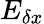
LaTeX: E_{\delta x}